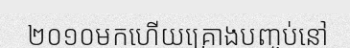
២០១០មកហើយគ្រោងបញ្ចប់នៅ